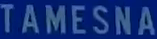
TAMESNA